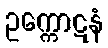
ဥက္ကောဋနံ